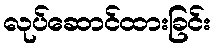
လုပ်ဆောင်ထားခြင်း